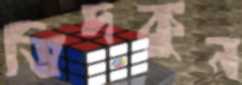
ভিদকুন